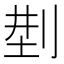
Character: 𠜚